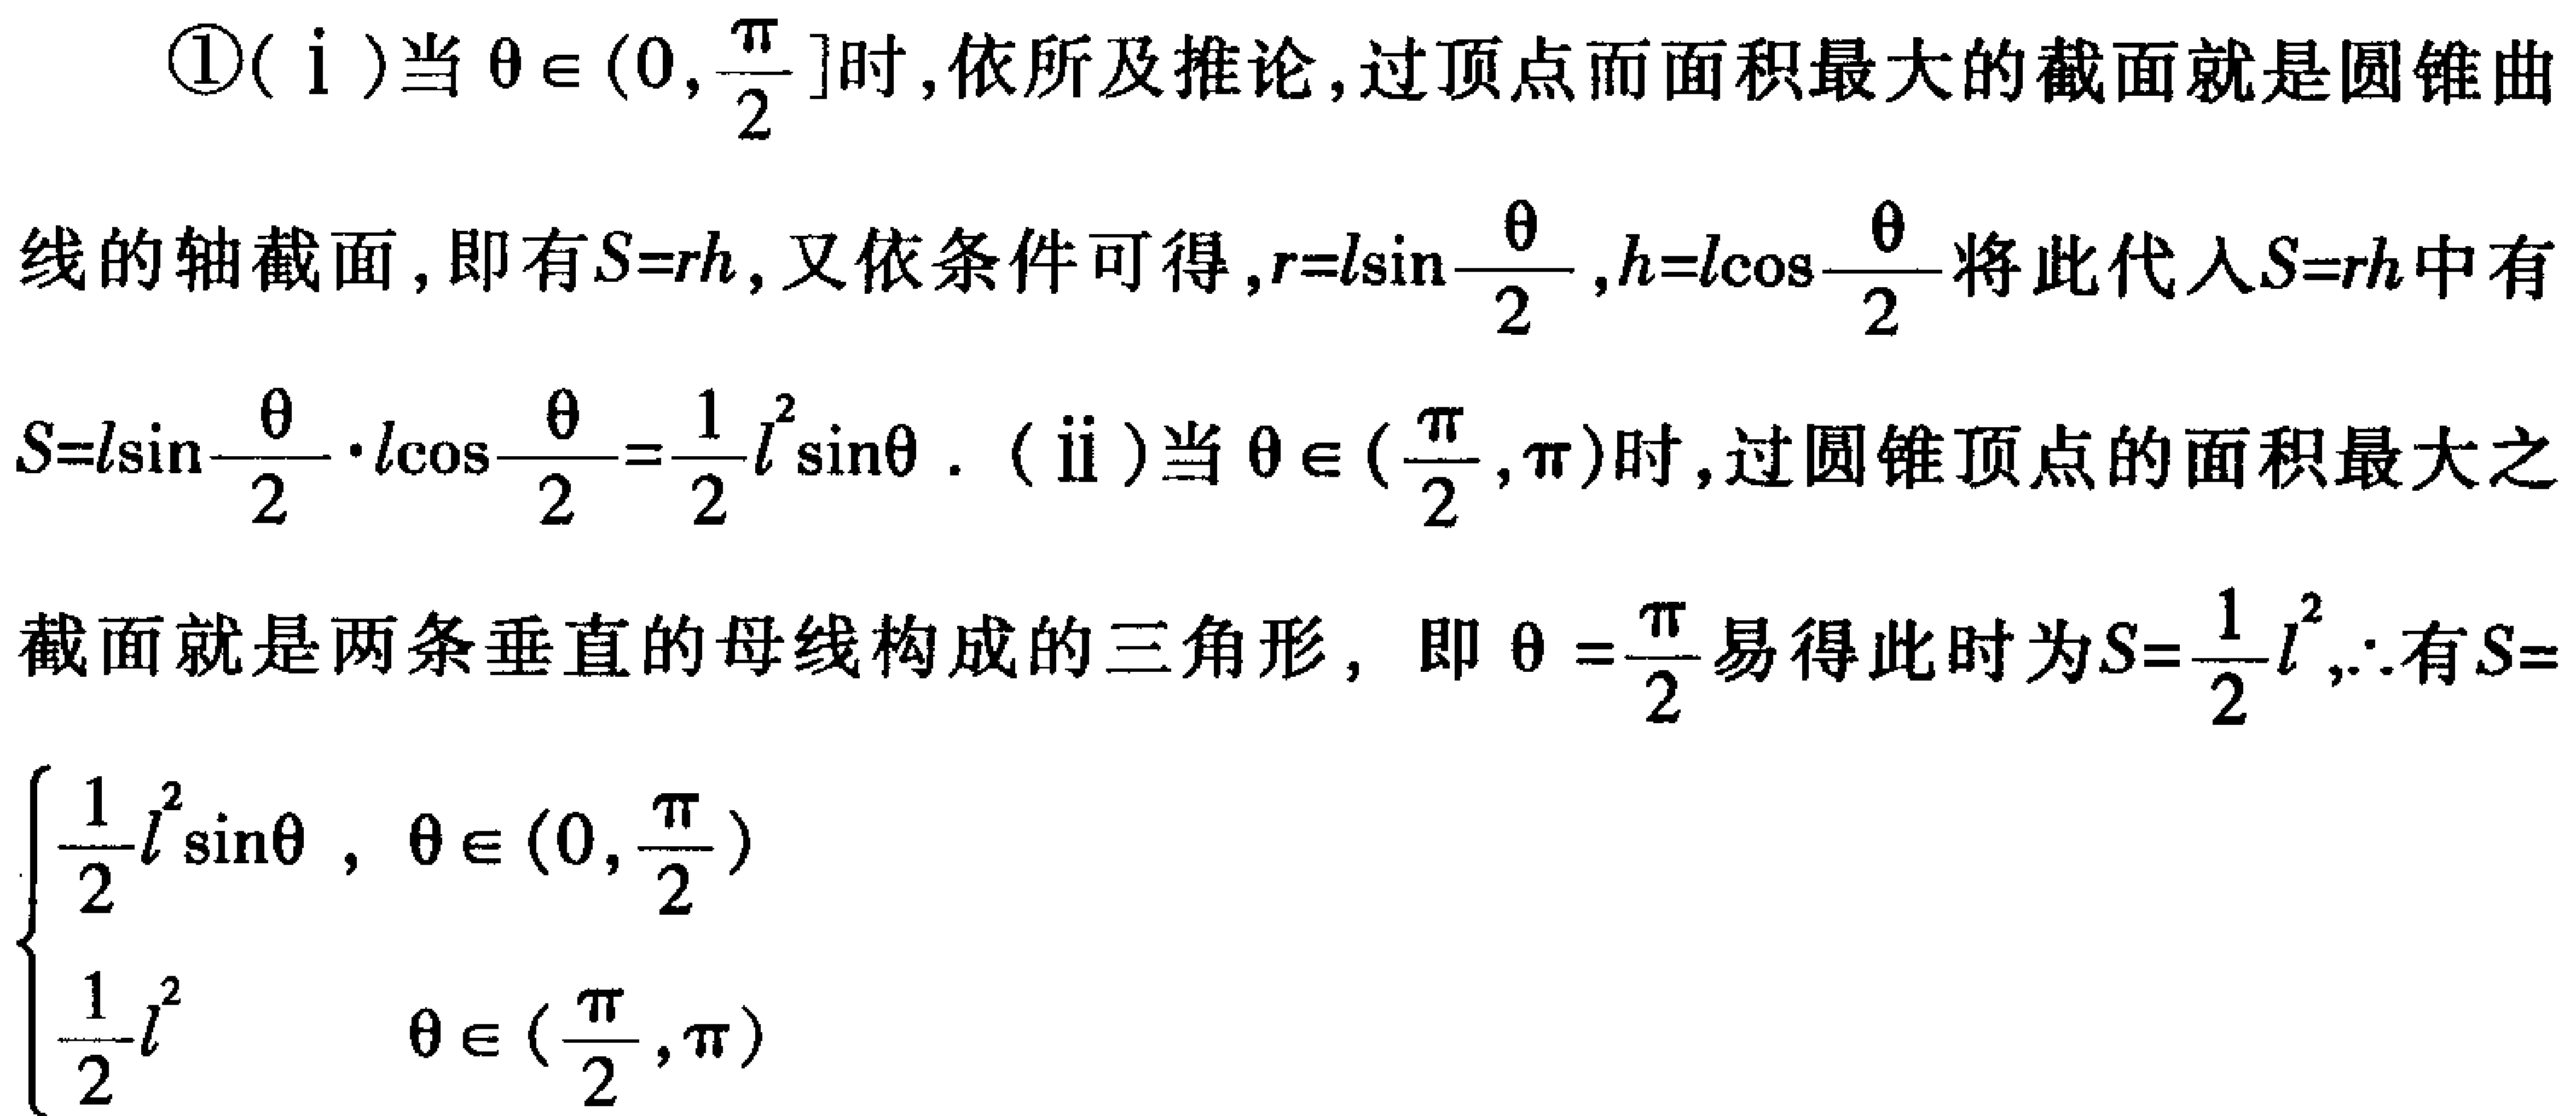
\begin{enumerate}
    \item[(i)] 当$\theta\in(0,\frac{\pi}{2}]$时, 依所及推论, 过顶点而面积最大的截面就是圆锥曲线的轴截面, 即有$S = rh$, 又依条件可得, $r = l\sin\frac{\theta}{2},h = l\cos\frac{\theta}{2}$将此代入$S = rh$中有$S=l\sin\frac{\theta}{2}\cdot l\cos\frac{\theta}{2}=\frac{1}{2}l^{2}\sin\theta$.
    \item[(ii)] 当$\theta\in(\frac{\pi}{2},\pi)$时, 过圆锥顶点的面积最大之截面就是两条垂直的母线构成的三角形, 即$\theta=\frac{\pi}{2}$易得此时为$S=\frac{1}{2}l^{2}$, $\therefore$有
\[
S=
\begin{cases}
\frac{1}{2}l^{2}\sin\theta, &\theta\in(0,\frac{\pi}{2})\\
\frac{1}{2}l^{2}, &\theta\in(\frac{\pi}{2},\pi)
\end{cases}
\]
\end{enumerate}